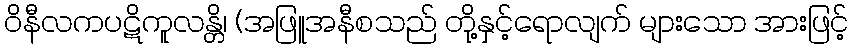
ဝိနီလကပဋိကူလန္တိ၊ (အဖြူအနီစသည် တို့နှင့်ရောလျက် များသော အားဖြင့်